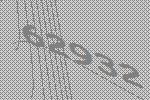
62932